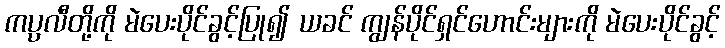
ကပ္ပလီတို့ကို မဲပေးပိုင်ခွင့်ပြု၍ ယခင် ကျွန်ပိုင်ရှင်ဟောင်းများကို မဲပေးပိုင်ခွင့်